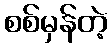
စစ်မှန်တဲ့